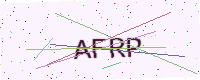
Text: AFRP